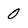
Character: 0